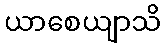
ယာစေယျာသိ